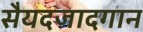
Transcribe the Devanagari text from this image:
सैयदजादगान